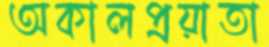
অকালপ্রয়াতা